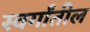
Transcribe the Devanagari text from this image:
स्वर्गांतील